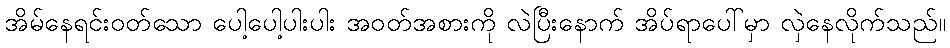
အိမ်နေရင်းဝတ်သော ပေါ့ပေါ့ပါးပါး အဝတ်အစားကို လဲပြီးနောက် အိပ်ရာပေါ်မှာ လှဲနေလိုက်သည်။